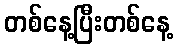
တစ်နေ့ပြီးတစ်နေ့